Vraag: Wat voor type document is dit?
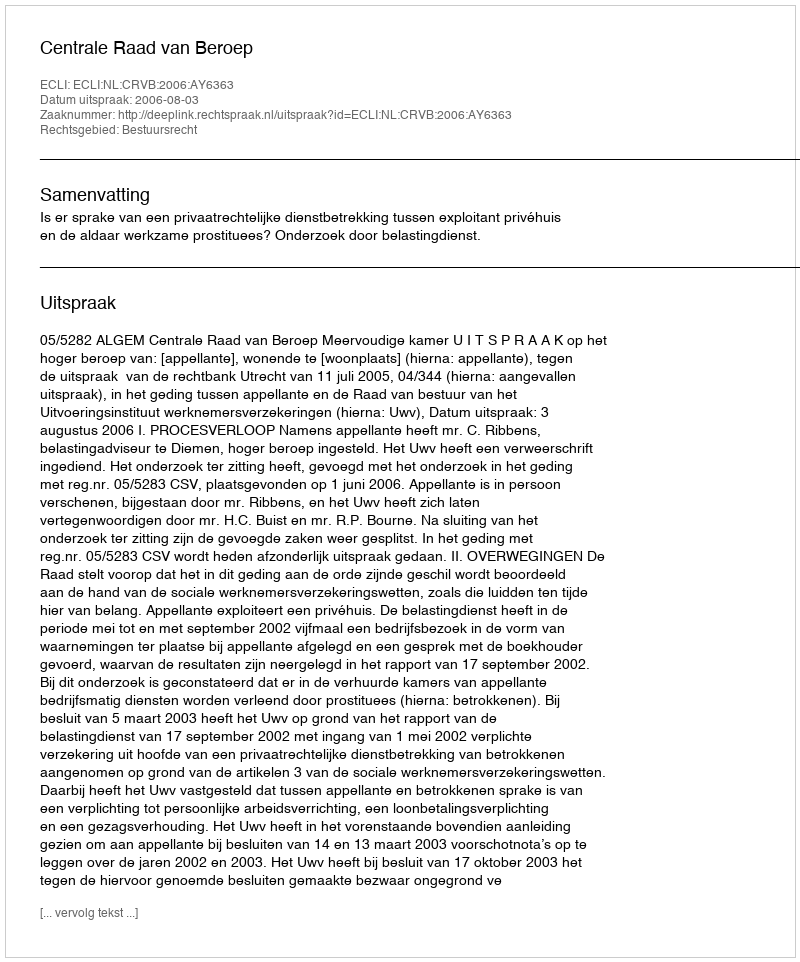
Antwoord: Uitspraak